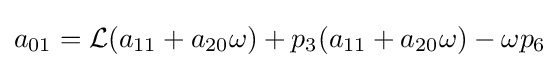
a_{01}={\mathcal {L}}(a_{11}+a_{20}\omega )+p_{3}(a_{11}+a_{20}\omega )-\omega p_{6}